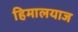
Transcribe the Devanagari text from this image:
हिमालयाज